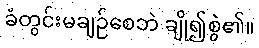
ခံတွင်းမချဉ်စေဘဲ ချို၍စွဲ၏။